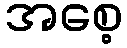
အစေ့